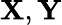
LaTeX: \mathbf{X},\mathbf{Y}